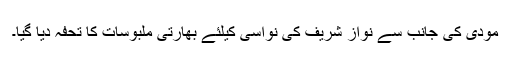
مودی کی جانب سے نواز شریف کی نواسی کیلئے بھارتی ملبوسات کا تحفہ دیا گیا۔